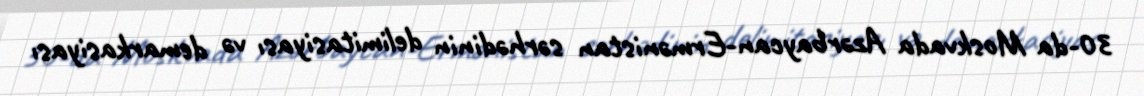
30-da Moskvada Azərbaycan-Ermənistan sərhədinin delimitasiyası və demarkasiyası